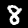
Digit: 8